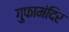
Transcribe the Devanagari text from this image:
गुफामंदिर